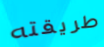
طريقته